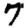
Digit: 7